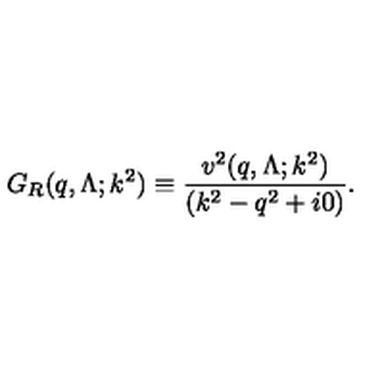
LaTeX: G _ { R } ( q , \Lambda ; k ^ { 2 } ) \equiv \frac { v ^ { 2 } ( q , \Lambda ; k ^ { 2 } ) } { ( k ^ { 2 } - q ^ { 2 } + i 0 ) } .